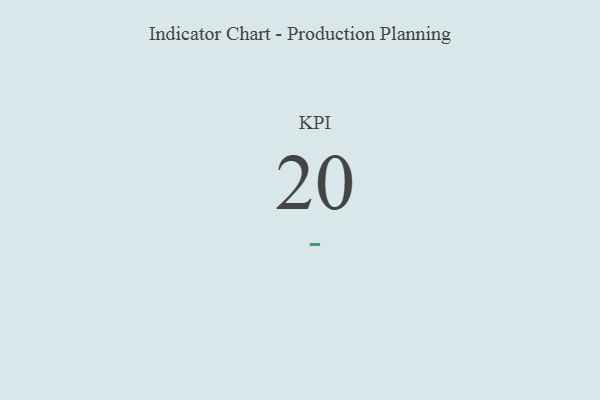
{"axis": {"x": "KPI", "y": "Value"}, "legend": [""], "data": [{"x": "KPI", "y": 20, "type": ""}]}